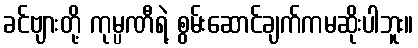
ခင်ဗျားတို့ ကုမ္ပဏီရဲ့ စွမ်းဆောင်ချက်ကမဆိုးပါဘူး။